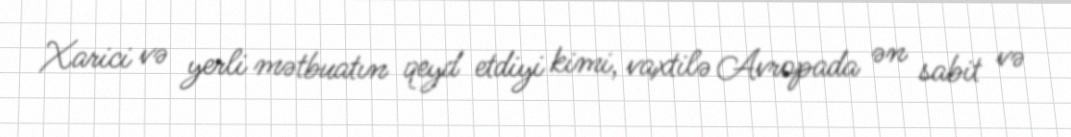
Xarici və yerli mətbuatın qeyd etdiyi kimi, vaxtilə Avropada ən sabit və